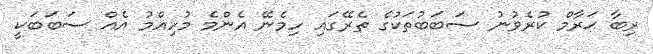
ރިބާ ޙަރާމް ކުރެވުނު ސަބަބުތަކުގެ ތެރޭގައި ހިމެނޭ އެންމެ މުހިއްމު އެއް ސަބަބަކީ